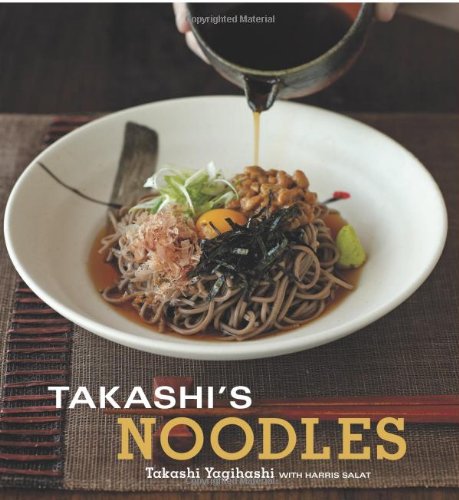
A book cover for Takashi's Noodles; Takashi Yagihashi; Cookbooks, Food & Wine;